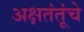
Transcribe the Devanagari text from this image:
अक्षतंतूंचे